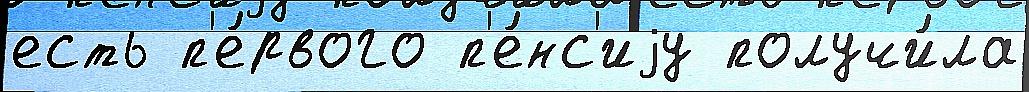
есть п'е́рвого п'е́нс'иjу получи́ла